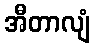
အီတာလျံ